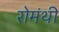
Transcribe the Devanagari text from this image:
रोमंथी